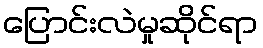
ပြောင်းလဲမှုဆိုင်ရာ